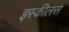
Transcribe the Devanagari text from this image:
इस्कीलस